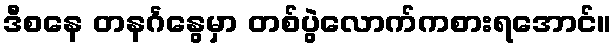
ဒီစနေ တနင်္ဂနွေမှာ တစ်ပွဲလောက်ကစားရအောင်။